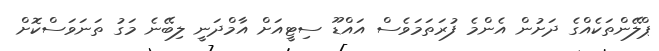
ޕްލޭންތަކެއްގެ ދަށުން އެންމެ ފުރަތަމަވެސް އައްޑޫ ސިޓީއަށް އާމްދަނީ ލިބޭނެ މަގު ތަނަވަސްކޮށް